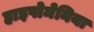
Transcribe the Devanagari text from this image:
हाइपोमेनिया